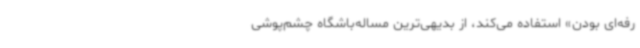
رفه‌ای بودن» استفاده می‌کند،‌ از بدیهی‌ترین مساله‌باشگاه چشم‌پوشی